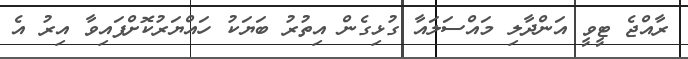
ރާއްޖެ ޓީވީ އަންދާލި މައްސަލައާ ގުޅިގެން އިތުރު ބަޔަކު ހައްޔަރުކޮށްފައިވާ އިރު އެ